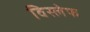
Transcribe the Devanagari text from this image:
विस्लेफ